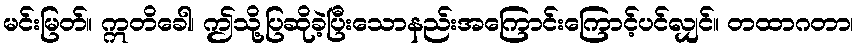
မင်းမြတ်။ ဣတိခေါ၊ ဤသို့ပြဆိုခဲ့ပြီးသောနည်းအကြောင်းကြောင့်ပင်လျှင်။ တထာဂတာ၊